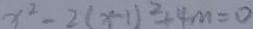
x ^ { 2 } - 2 ( x - 1 ) ^ { 2 } + 4 m = 0